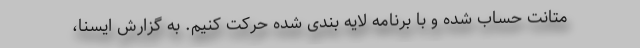
متانت حساب شده و با برنامه لایه بندی شده حرکت کنیم. به گزارش ایسنا،